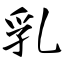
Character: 乳